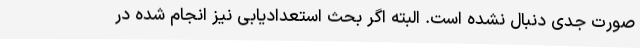
صورت جدی دنبال نشده است. البته اگر بحث استعدادیابی نیز انجام شده در